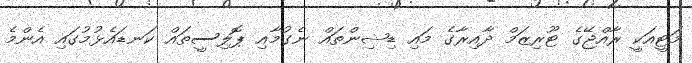
މަޓީއަކީ ރާއްޖޭގެ ޓޫރިޒަމް ދާއިރާގެ މައި ޑިޝިންތައް ނެގުމާއި ޕޮލިސީތައް ކަނޑައެޅުމުގައި އެންމެ